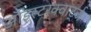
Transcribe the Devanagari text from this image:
ऑइस्टरक्वार्ट्ज